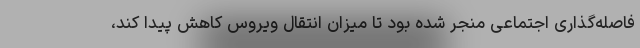
فاصله‌گذاری اجتماعی منجر شده بود تا میزان انتقال ویروس کاهش پیدا کند،